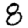
Digit: 8